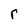
Character: r